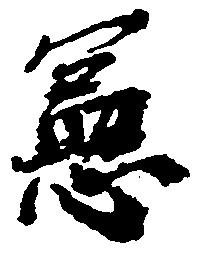
憲